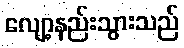
လျော့နည်းသွားသည်